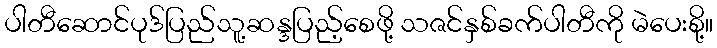
ပါတီဆောင်ပုဒ်ပြည်သူ့ဆန္ဒပြည့်စေဖို့ သဇင်နှစ်ခက်ပါတီကို မဲပေးစို့။